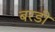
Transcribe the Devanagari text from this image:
बरडी